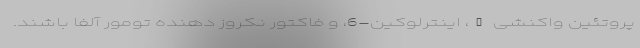
پروتئین واکنشی C، اینترلوکین-6، و فاکتور نکروز دهنده تومور آلفا باشند.